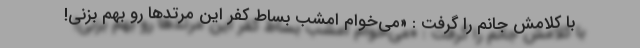
با کلامش جانم را گرفت : «می‌خوام امشب بساط کفر این مرتدها رو بهم بزنی!